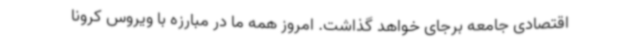
اقتصادی جامعه برجای خواهد گذاشت. امروز همه ما در مبارزه با ویروس کرونا